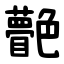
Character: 䒐